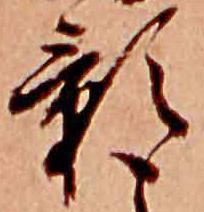
影